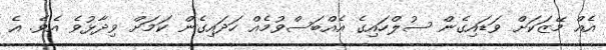
އެއް މޭޒަކަށް ވަޑައިގެން ސުލްހައިގެ އެއްބަސްވުމެއް ހަދައިގެން ކަމަށް ވިދާޅުވެ އެވެ. އެ